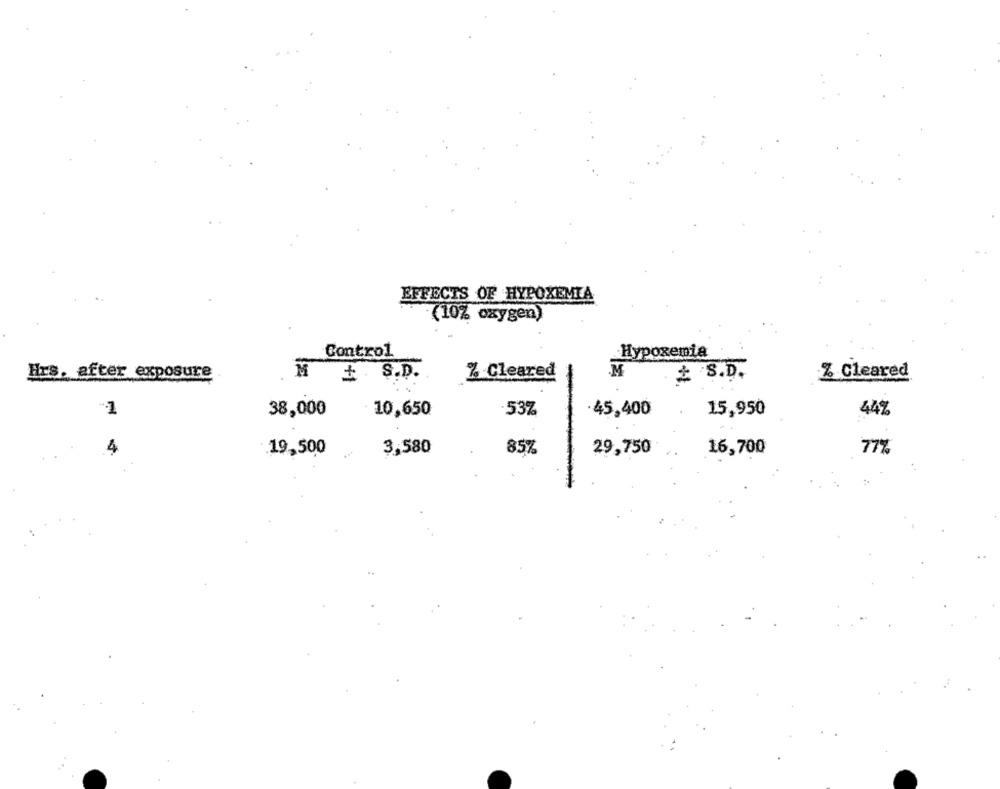
EFFECTS OF HYPOXEMIA
·(10% oxygen)
Control
Hypoxemia
Hrs. after exposure
M
+ S.D.
% Cleared
M
¿ S.D.
% Cleared
1
10,650
15,950
38,000
·53%
45,400
44%
4
3,580
85%
29,750
16,700
77%
.19,500